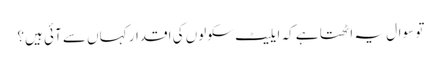
تو سوال یہ اٹھتا ہے کہ ایلیٹ سکولوں کی اقدار کہاں سے آئی ہیں؟